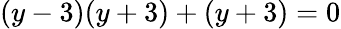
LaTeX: (y-3)(y+3)+(y+3)=0